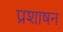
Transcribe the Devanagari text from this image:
प्रशाषन